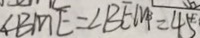
\angle B M E = \angle B E M = 4 5 ^ { \circ }